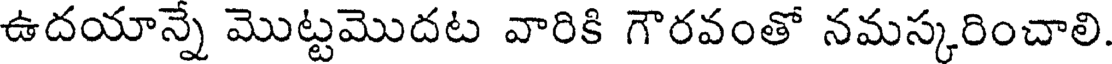
ఉదయాన్నే మొట్టమొదట వారికి గౌరవంతో నమస్కరించాలి